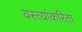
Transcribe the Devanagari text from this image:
वस्त्यांकरिता